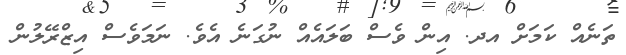
ތަނެއް ކަމަށް އދ. އިން ވެސް ބަލައެއް ނުގަނެ އެވެ. ނަމަވެސް އިޒްރޭލުން